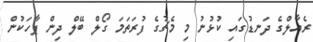
ރެއާލްގެ ދަނޑުގައި ކުޅުނު މި މެޗުގެ ފުރަތަމަ ގޯލް ބޭލް ދިން ޕާހަކުން